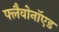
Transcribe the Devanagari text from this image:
फ्लैवोनॉएड